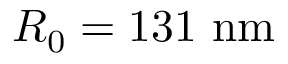
R _ { 0 } = 1 3 1 \ \mathrm { n m }